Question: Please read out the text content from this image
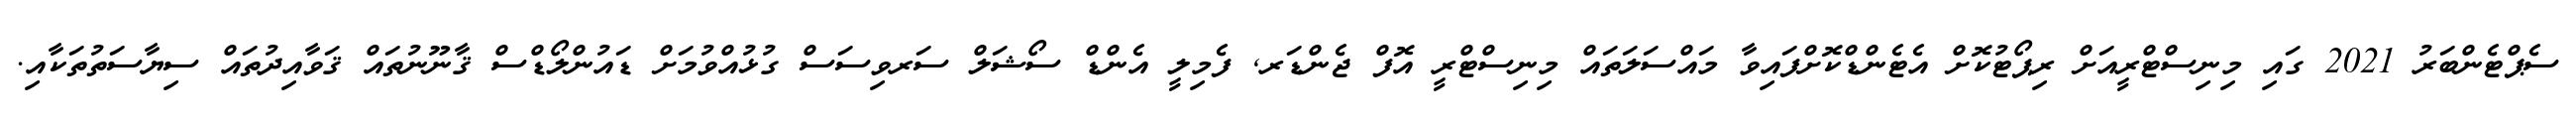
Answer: ސެޕްޓެންބަރު 2021 ގައި މިނިސްޓްރީއަށް ރިޕޯޓުކޮށް އެޓެންޑްކޮށްފައިވާ މައްސަލަތައް މިނިސްޓްރީ އޮފް ޖެންޑަރ, ފެމިލީ އެންޑް ސޯޝަލް ސަރވިސަސް ގުޅުއްވުމަށް ޑައުންލޯޑްސް ޤާނޫނުތައް ޤަވާއިދުތައް ސިޔާސަތުތަކާއި.